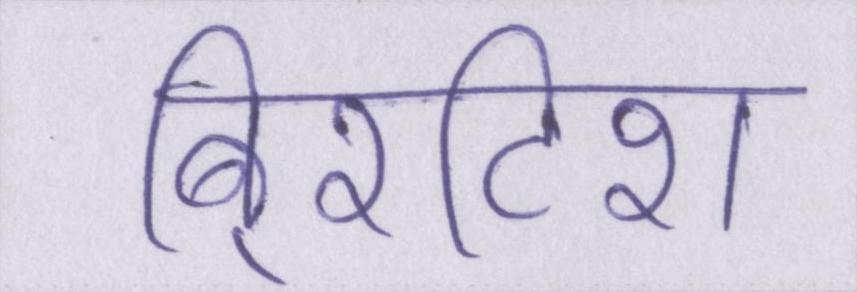
बि्रटिश